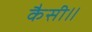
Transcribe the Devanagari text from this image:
कैसी॥